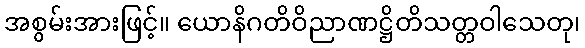
အစွမ်းအားဖြင့်။ ယောနိဂတိဝိညာဏဋ္ဌိတိသတ္တဝါသေတု၊